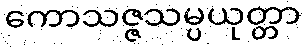
ကောသဇ္ဇသမ္ပယုတ္တာ